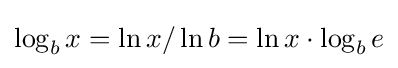
\log _{b}x=\ln x/\ln b=\ln x\cdot \log _{b}e